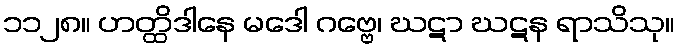
၁၁၂၈။ ဟတ္ထိဒါနေ မဒေါ ဂဗ္ဗေ၊ ဃဋာ ဃဋန ရာသိသု။